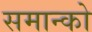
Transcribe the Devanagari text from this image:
समान्को